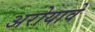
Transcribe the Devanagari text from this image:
अरोयावे